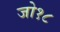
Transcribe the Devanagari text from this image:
जो१८